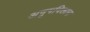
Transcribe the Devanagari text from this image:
अनूपविलास